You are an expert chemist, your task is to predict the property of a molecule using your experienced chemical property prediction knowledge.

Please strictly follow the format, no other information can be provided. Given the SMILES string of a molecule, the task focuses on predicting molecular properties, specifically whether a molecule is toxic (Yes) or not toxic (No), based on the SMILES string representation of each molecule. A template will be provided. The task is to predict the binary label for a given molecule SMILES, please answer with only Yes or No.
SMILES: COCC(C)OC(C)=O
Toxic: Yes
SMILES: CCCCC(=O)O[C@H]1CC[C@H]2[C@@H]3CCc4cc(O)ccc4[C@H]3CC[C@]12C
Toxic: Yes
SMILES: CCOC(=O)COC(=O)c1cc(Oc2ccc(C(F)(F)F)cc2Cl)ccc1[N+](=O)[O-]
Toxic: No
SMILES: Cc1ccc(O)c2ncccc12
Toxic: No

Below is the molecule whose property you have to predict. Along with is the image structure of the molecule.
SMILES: C[C@H](CN1CCCC1)C(=O)c1ccc(C(F)(F)F)cc1
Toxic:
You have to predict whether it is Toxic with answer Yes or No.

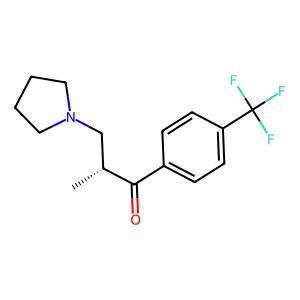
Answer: No